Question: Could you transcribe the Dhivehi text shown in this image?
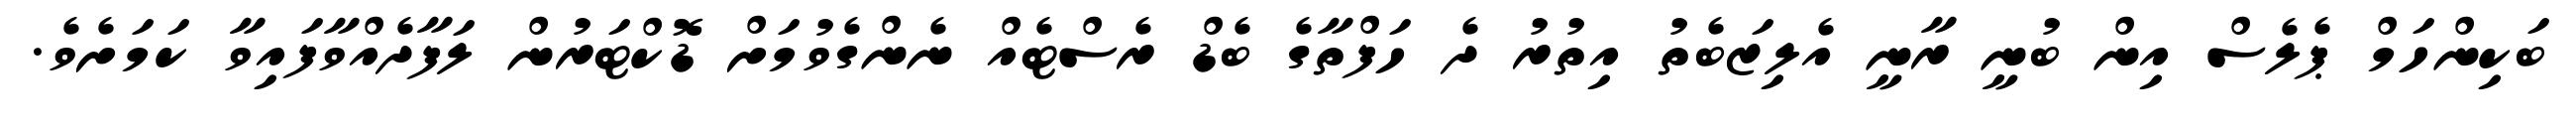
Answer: ބަކިންހަމް ޕެލެސް އިން ބުނީ ރާނީ އެލިޒަބެތު އިތުރު ދެ ހަފްތާގެ ބެޑް ރެސްޓެއް ނެންގެވުމަށް ޑޮކްޓަރުން ލަފާދެއްވާފައިވާ ކަމަށެވެ.